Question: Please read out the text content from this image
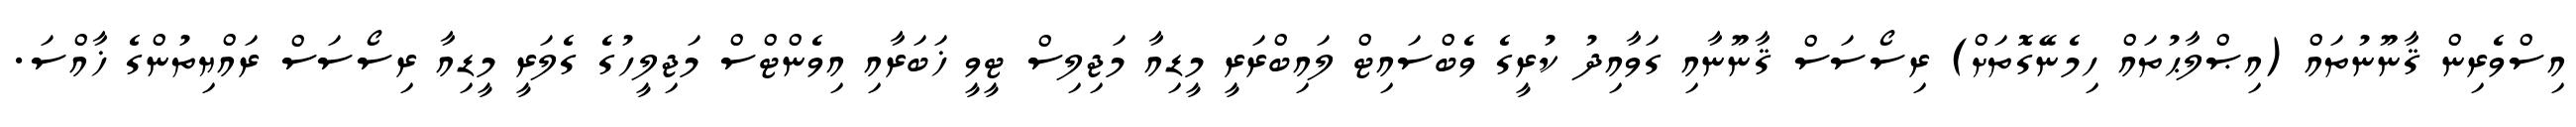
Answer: އިސްވެރިން ޤާނޫނުތައް (އިޞްލާޙުތައް ހިމެނޭގޮތަށް) ރިސޯސަސް ޤާނޫނާއި ގަވާއިދު ކުރީގެ ވެބްސައިޓް ލައިބްރަރީ މީޑިއާ މަޖިލިސް ޓީވީ ޚަބަރާއި އިވެންޓްސް މަޖިލީހުގެ ގެލަރީ މީޑިއާ ރިސޯސަސް ރައްޔިތުންގެ ޚާއްސަ.